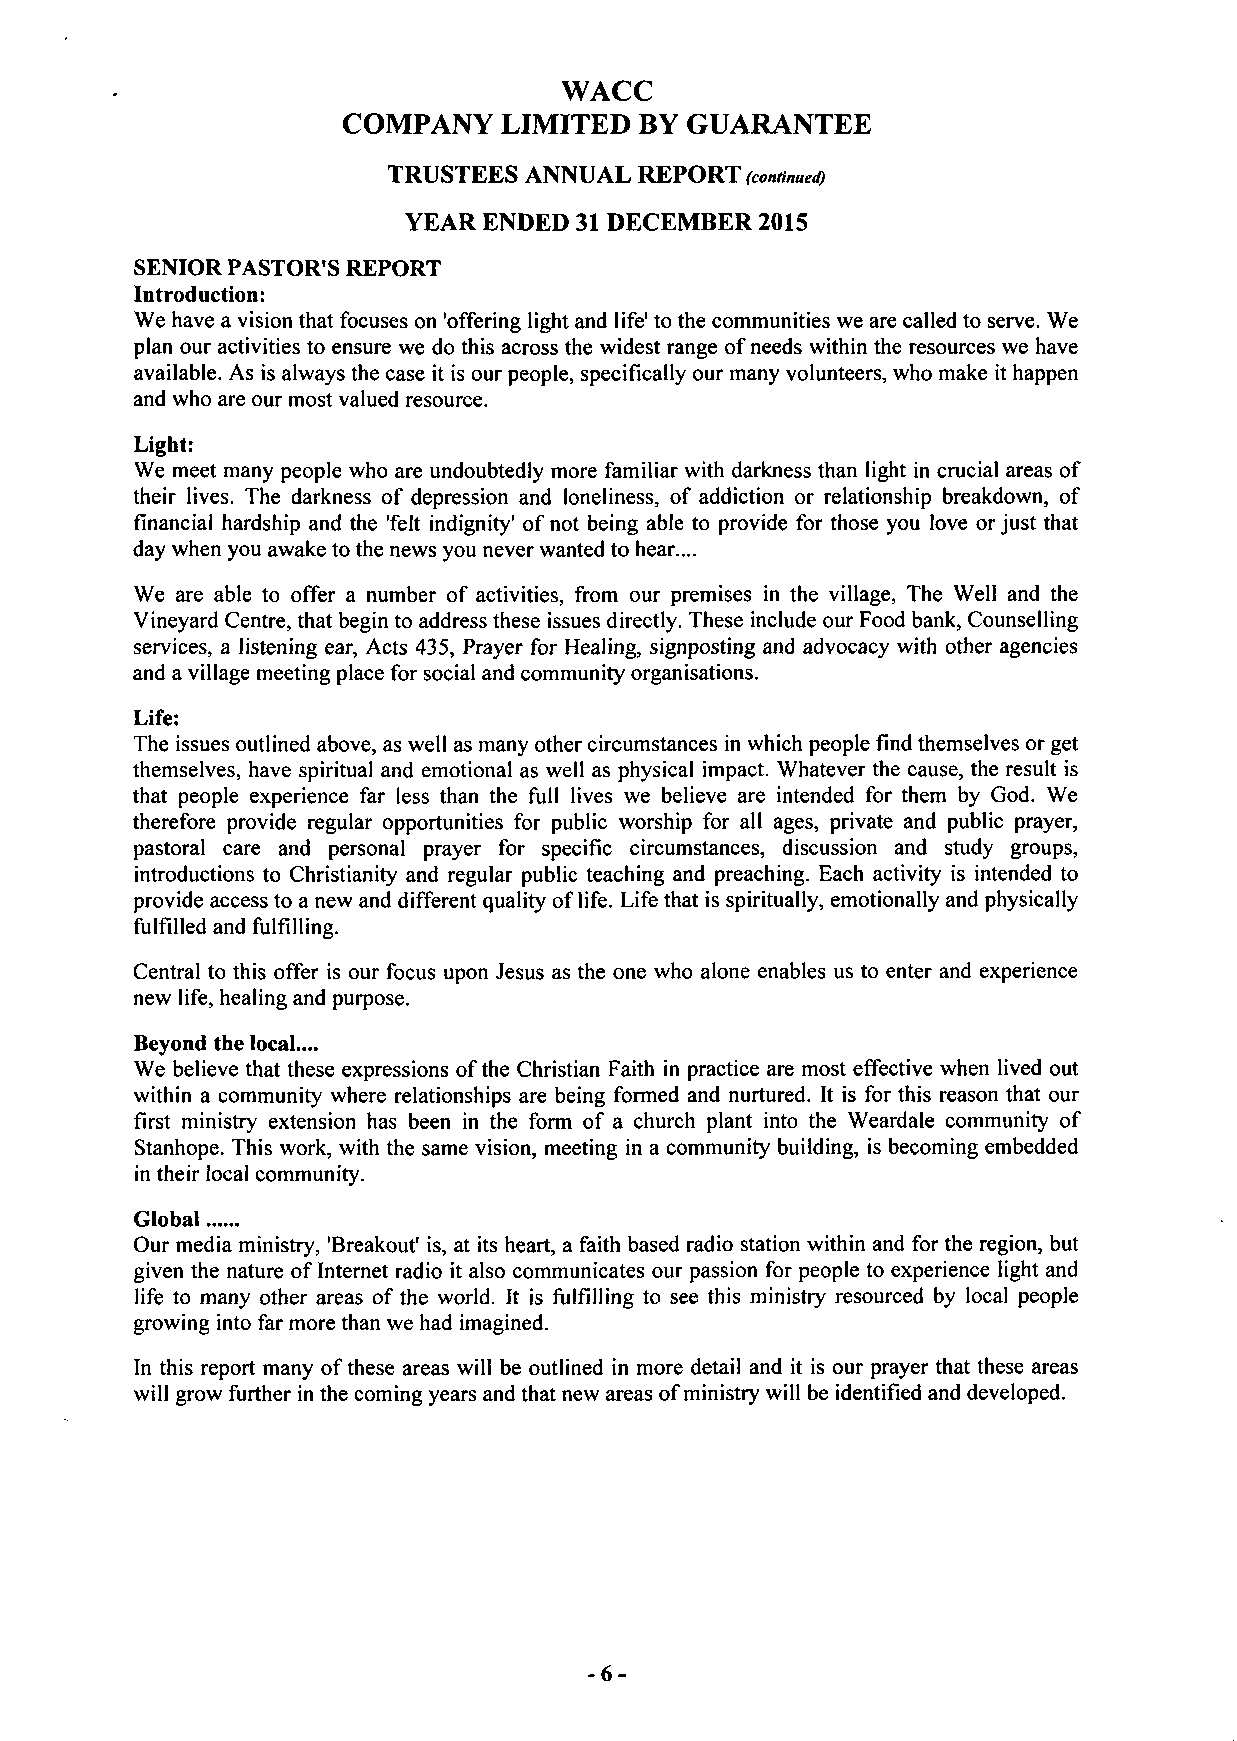
WACC
 COMPANY   LIMITED  BY GUARANTEE
 TRUSTEES ANNUAL REPORT (continued)
 YEAR ENDED 31 DECEMBER 2015
 SENIOR PASTOR'S REPORT
 Introduction:
 We have a vision that focuses on 'offering light and life' to the communities we are called to serve. We
 plan our activities to ensure we do this across the widest range of needs within the resources we have
 available. As is always the case it is our people, specifically our many volunteers, who make it happen
 and who are our most valued resource.
 Light:
 We meet many people who are undoubtedly more familiar with darkness than light in crucial areas of
 their lives. The darkness of depression and loneliness, of addiction or relationship breakdown, of
 financial hardship and the 'felt indignity' of not being able to provide for those you love or just that
 day when you awake to the news you never wanted to hear....
 We are able to offer a number of activities, from our premises in the village, The Well and the
 Vineyard Centre, that begin to address these issues directly. These include our Food bank, Counselling
 services, a listening ear, Acts 435, Prayer for Healing, signposting and advocacy with other agencies
 and a village meeting place for social and community organisations.
 Life:
 The issues outlined above, as well as many other circumstances in which people find themselves or get
 themselves, have spiritual and emotional as well as physical impact. Whatever the cause, the result is
 that people experience far less than the full lives we believe are intended for them by God. We
 therefore provide regular opportunities for public worship for all ages, private and public prayer,
 pastoral care and personal prayer for specific circumstances, discussion and study groups,
 introductions to Christianity and regular public teaching and preaching. Each activity is intended to
 provide access to a new and different quality of life. Life that is spiritually, emotionally and physically
 fulfilled and fulfilling.
 Central to this offer is our focus upon Jesus as the one who alone enables us to enter and experience
 new life, healing and purpose.
 Beyond the local....
 We believe that these expressions of the Christian Faith in practice are most effective when lived out
 within a community where relationships are being formed and nurtured. It is for this reason that our
 first ministry extension has been in the form of a church plant into the Weardale community of
 Stanhope. This work, with the same vision, meeting in a community building, is becoming embedded
 in their local community.
 Global
 Our media ministry, 'Breakout' is, at its heart, a faith based radio station within and for the region, but
 given the nature of Internet radio it also communicates our passion for people to experience light and
 life to many other areas of the world. It is fulfilling to see this ministry resourced by local people
 growing into far more than we had imagined.
 In this report many of these areas will be outlined in more detail and it is our prayer that these areas
 will grow further in the coming years and that new areas of ministry will be identified and developed.
 -6-